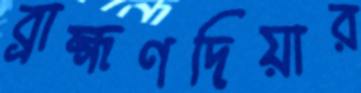
ব্রাহ্মণদিয়ার